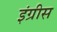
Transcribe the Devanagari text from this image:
इंग्रीस